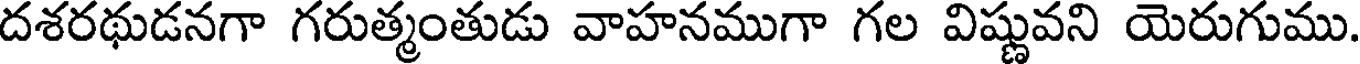
దశరథుడనగా గరుత్మంతుడు వాహనముగా గల విష్ణువని యెరుగుము